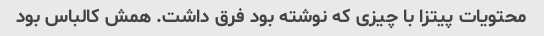
محتویات پیتزا با چیزی که نوشته بود فرق داشت. همش کالباس بود